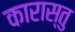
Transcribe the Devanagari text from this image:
कारास्तु